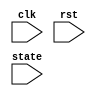
`timescale 1ns / 1ps
//////////////////////////////////////////////////////////////////////////////////
// Company: 
// Engineer: 
// 
// Design Name: 
// Module Name:    TSC 
// Project Name: 
// Target Devices: 
// Tool versions: 
// Description: 
//
// Dependencies: 
//
// Revision: 
// Revision 0.01 - File Created
// Additional Comments: 
//
//////////////////////////////////////////////////////////////////////////////////
module TSC(
    input clk,
    input rst,
    input [127:0] state
    );

	 reg 	[127:0] DynamicPower; 
	 reg 	Tj_Trig;
	 
	 always @(rst, clk)
	 begin
		if (rst == 1)
			DynamicPower <= 128'haaaaaaaa_aaaaaaaa_aaaaaaaa_aaaaaaaa;
		else if (Tj_Trig == 1)
			DynamicPower <= {DynamicPower[0],DynamicPower[127:1]}; 	
	 end

	always @(rst, state)
	begin
		if (rst == 1) begin 
			Tj_Trig <= 0; 
		end else if (state == 128'h00112233_44556677_8899aabb_ccddeeff) begin 
			Tj_Trig <= 1; 
		end
	end
	
endmodule